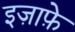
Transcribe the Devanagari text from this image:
इज़ाफ़े